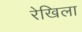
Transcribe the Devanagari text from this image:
रेखिला